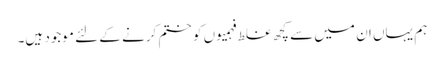
ہم یہاں ان میں سے کچھ غلط فہمیوں کو ختم کرنے کے لئے موجود ہیں۔